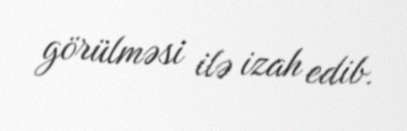
görülməsi ilə izah edib.